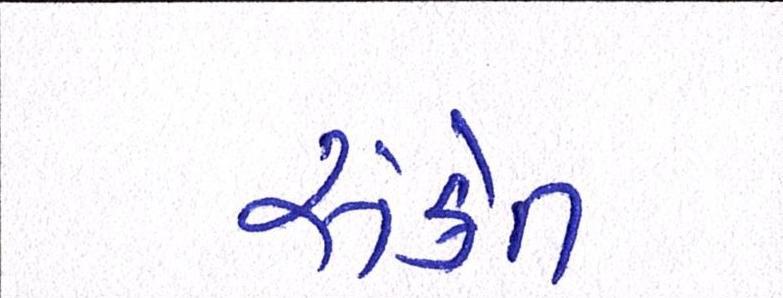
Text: સંકેત